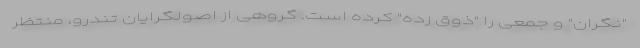
"نگران" و جمعی را "ذوق زده" کرده است. گروهی از اصولگرایان تندرو، منتظر